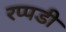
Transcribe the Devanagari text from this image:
रप्पडी